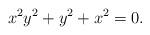
LaTeX: \begin{align*} x^2y^2+y^2+x^2=0.\end{align*}